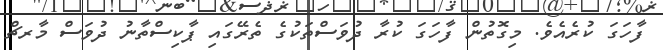
ފާހަގަ ކުރެއެވެ. މިގޮތުން ފާހަގަ ކުރާ ދުވަސްތަކުގެ ތެރޭގައި ޕާކިސްތާނު ދުވަސް މާރޗް